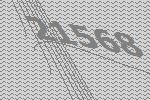
21568